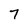
Character: 7